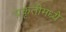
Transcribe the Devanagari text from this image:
प्रकृतीमध्येे